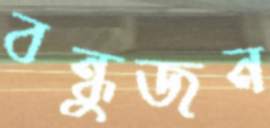
বন্ধুজন